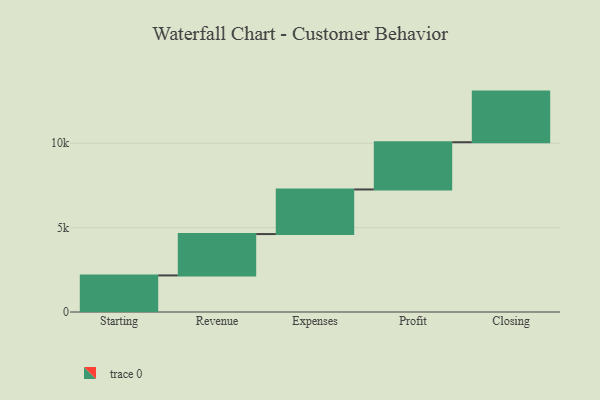
{"axis": {"x": "Step", "y": "Value"}, "legend": [""], "data": [{"x": "Starting", "y": 2167.0, "type": ""}, {"x": "Revenue", "y": 2451.0, "type": ""}, {"x": "Expenses", "y": 2642.0, "type": ""}, {"x": "Profit", "y": 2799.0, "type": ""}, {"x": "Closing", "y": 3000, "type": ""}]}